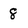
Character: 8